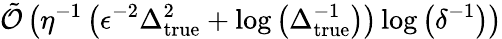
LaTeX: \tilde{\mathcal{O}}\left(\eta^{-1}\left(\epsilon^{-2}\Delta_{\mathrm{true}}^{2}+\log\left(\Delta_{\mathrm{true}}^{-1}\right)\right)\log\left(\delta^{-1}\right)\right)